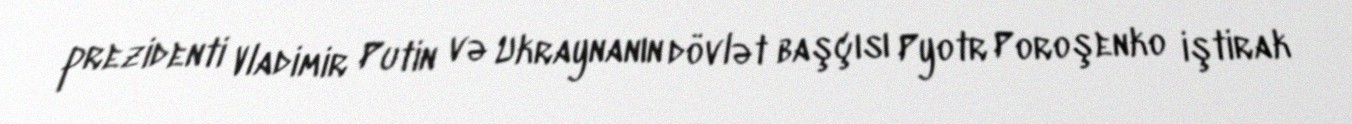
prezidenti Vladimir Putin və Ukraynanın dövlət başçısı Pyotr Poroşenko iştirak